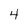
Character: 4